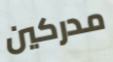
مدركين